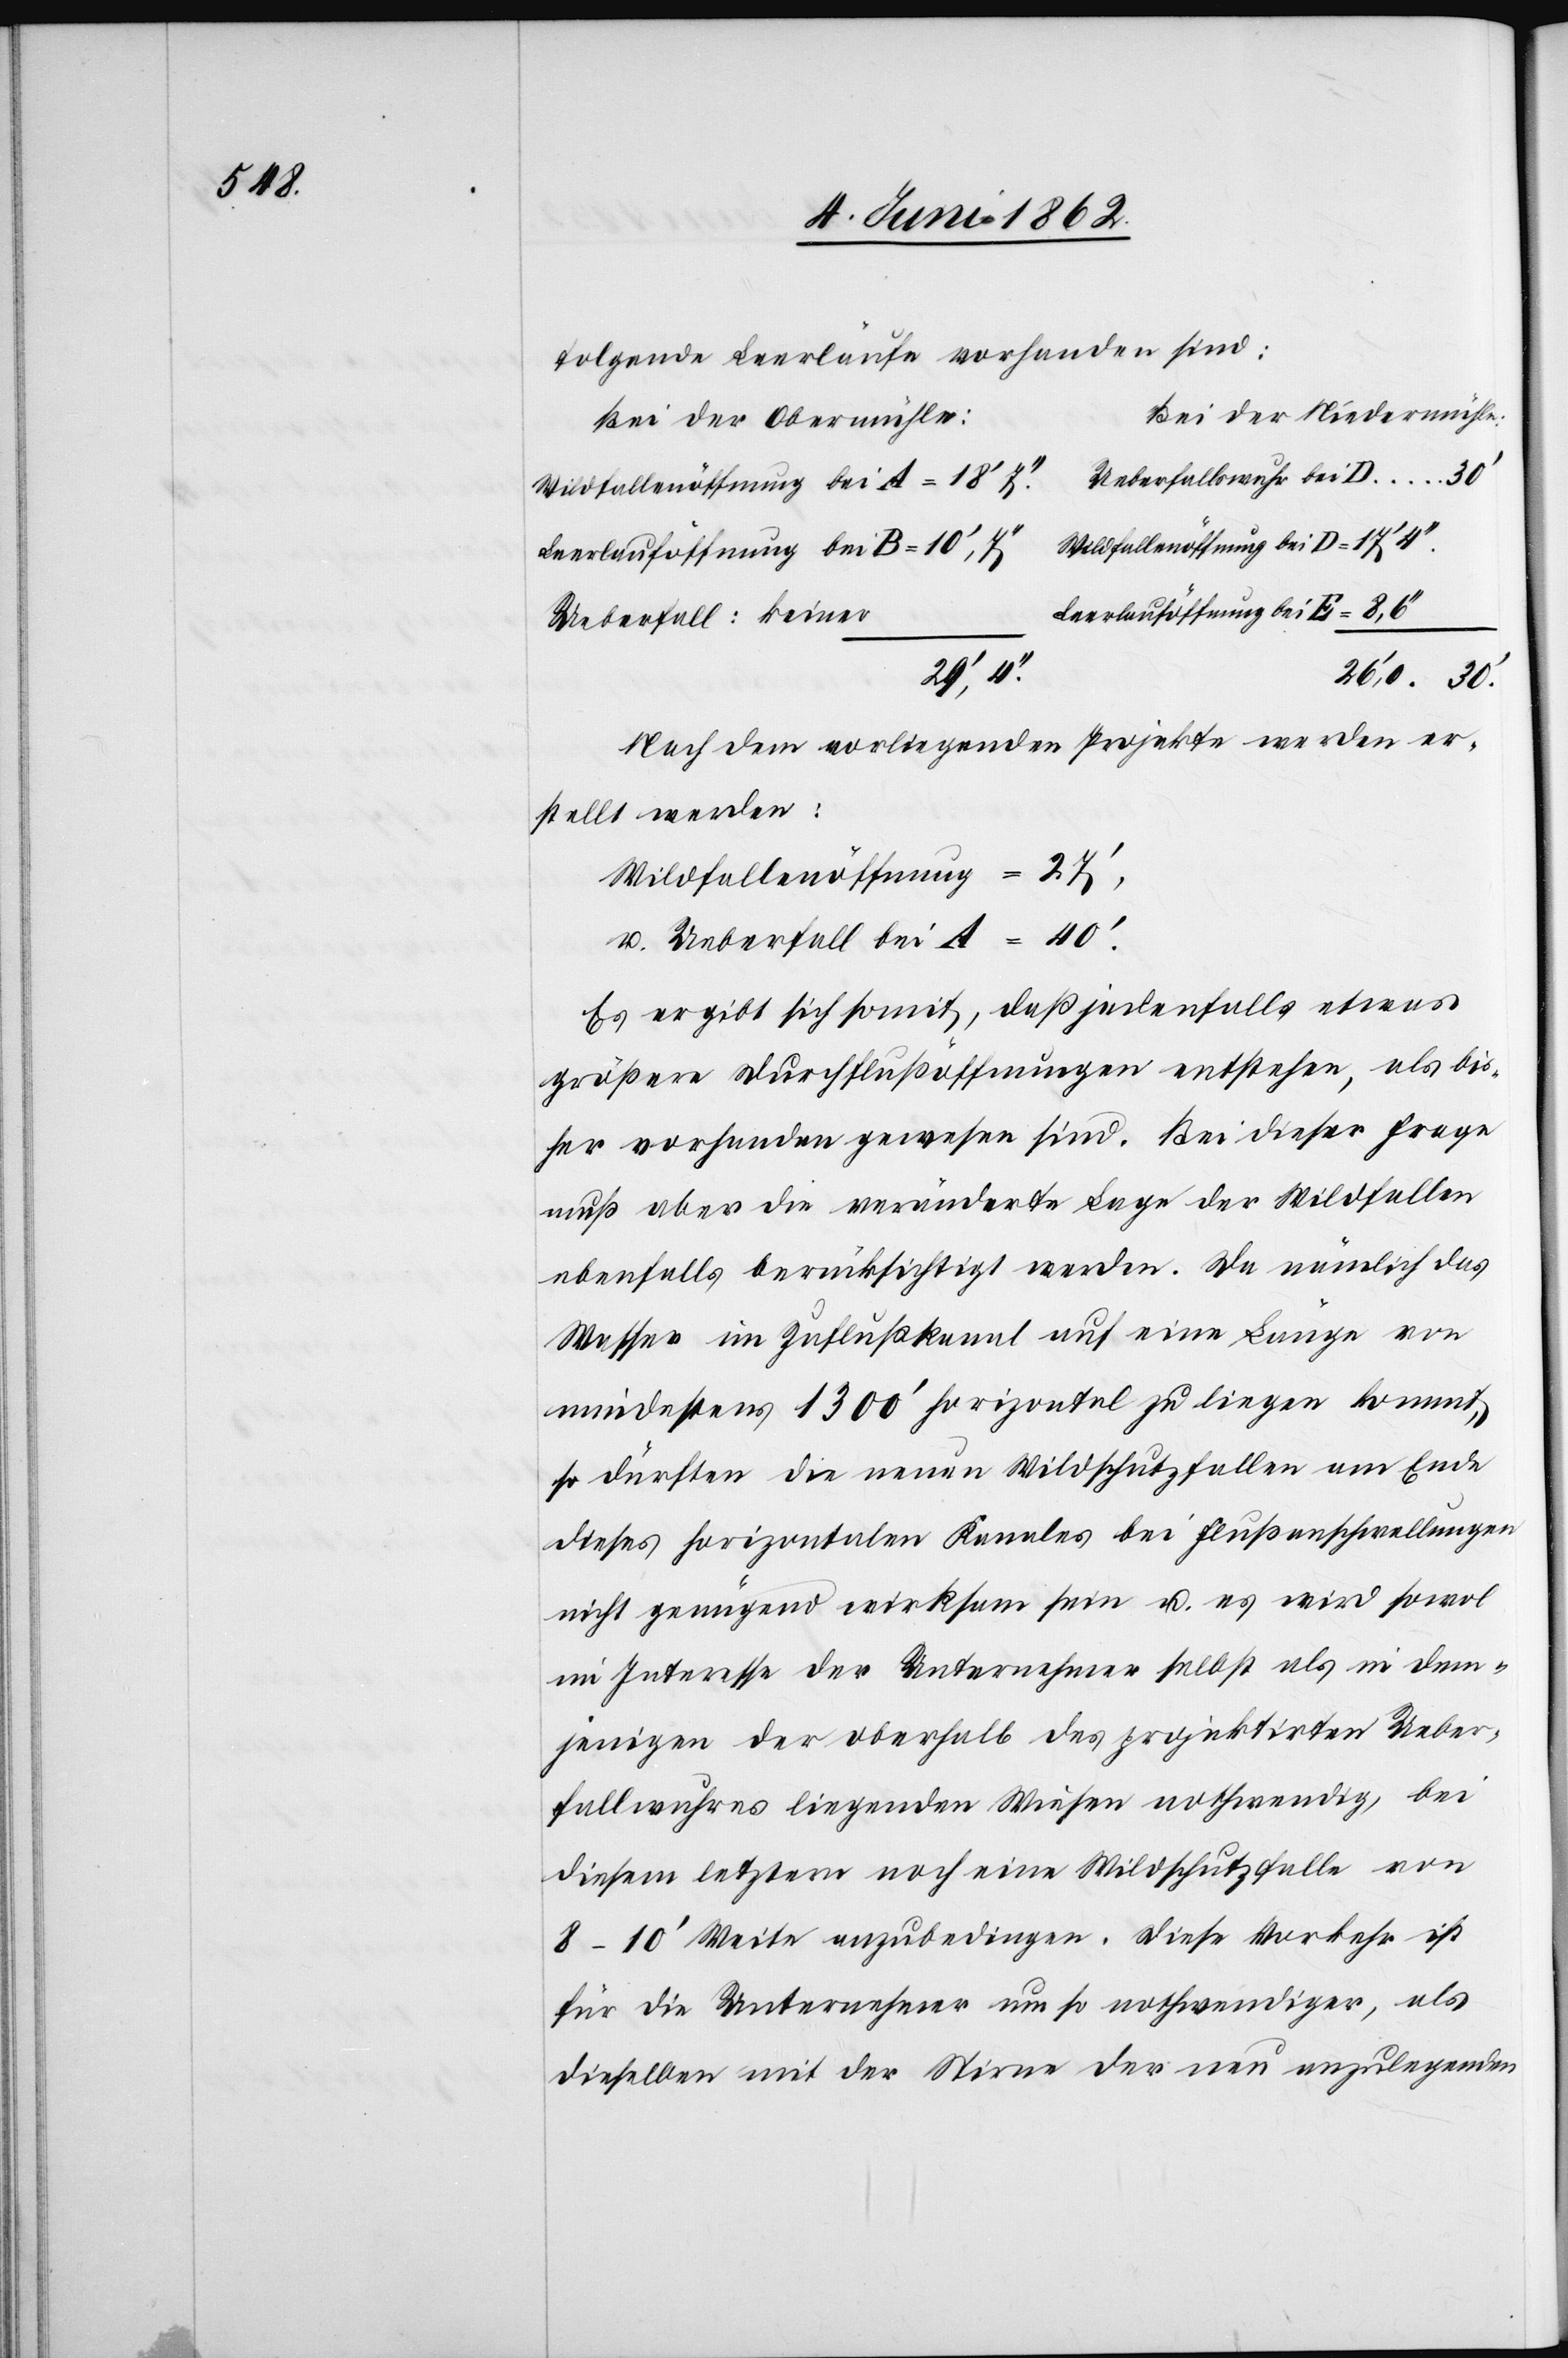
folgende Leerläufe vorhanden sind:
Bei der Niedermühle:
Bei der Obermühle:
Ueberfallswuhr bei D
Leerlauföffnung bei E
Ueberfall: keiner
29’ 4’’
26’,0 30’
Nach dem vorliegenden Projekte werden er¬
stellt werden:
Wildfallenöffnung = 27’,
u. Ueberfall bei A = 40’.
Es ergibt sich somit, daß jedenfalls etwas
größere Durchflußöffnungen entstehen, als bis¬
her vorhanden gewesen sind. Bei dieser Frage
muß aber die veränderte Lage der Wildfallen
ebenfalls berücksichtigt werden. Da nämlich das
Wasser im Zuflußkanal auf eine Länge von
mindestens 1300’ horizontal zu liegen kommt,
so dürften die neuen Wildschutzfallen am Ende
dieses horizontalen Kanales bei Flußanschwellungen
nicht genügend wirksam sein u. es wird sowol
im Interesse der Unternehmer selbst als in dem¬
jenigen der oberhalb des projektirten Ueber¬
fallwuhres liegenden Wiesen nothwendig, bei
diesem letztern noch eine Wildschutzfalle von
8–10’ Weite anzubedingen. Diese Vorkehr ist
für die Unternehmer um so nothwendiger, als
dieselben mit der Stirne der neu anzulegenden